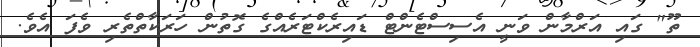
ތޫ" ގައި އަރްމާން ވަނީ އެސިސްޓެންޓް ޑައިރެކްޓަރެއްގެ ގޮތުން ހަރަކާތްތެރި ވެފަ އެވެ.